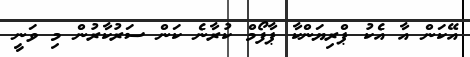
އޭކަން އާ އެކު ޕްރިޔަންކާ ޕާފޯމް ކުރާނެ ކަން ސަރުކާރުން މި ވަނީ